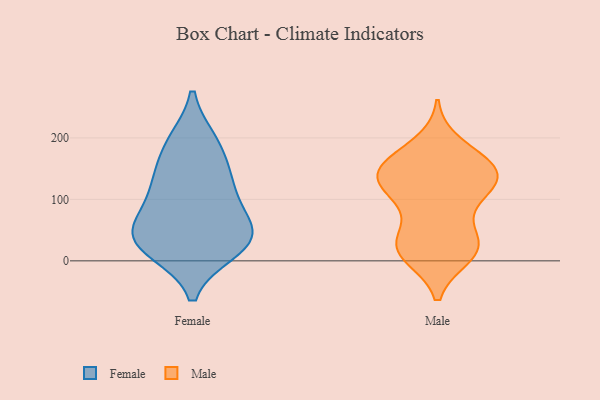
{"axis": {"x": "Gross Profit (USD K)", "y": "Value"}, "legend": ["Female", "Male"], "data": [{"x": "", "y": 192, "type": "Female"}, {"x": "", "y": 29, "type": "Female"}, {"x": "", "y": 130, "type": "Female"}, {"x": "", "y": 187, "type": "Female"}, {"x": "", "y": 19, "type": "Female"}, {"x": "", "y": 35, "type": "Female"}, {"x": "", "y": 56, "type": "Female"}, {"x": "", "y": 129, "type": "Female"}, {"x": "", "y": 57, "type": "Female"}, {"x": "", "y": 105, "type": "Female"}, {"x": "", "y": 33, "type": "Female"}, {"x": "", "y": 148, "type": "Male"}, {"x": "", "y": 96, "type": "Male"}, {"x": "", "y": 26, "type": "Male"}, {"x": "", "y": 150, "type": "Male"}, {"x": "", "y": 146, "type": "Male"}, {"x": "", "y": 102, "type": "Male"}, {"x": "", "y": 124, "type": "Male"}, {"x": "", "y": 123, "type": "Male"}, {"x": "", "y": 163, "type": "Male"}, {"x": "", "y": 28, "type": "Male"}, {"x": "", "y": 14, "type": "Male"}, {"x": "", "y": 188, "type": "Male"}, {"x": "", "y": 135, "type": "Male"}, {"x": "", "y": 31, "type": "Male"}, {"x": "", "y": 148, "type": "Male"}, {"x": "", "y": 10, "type": "Male"}, {"x": "", "y": 24, "type": "Male"}]}